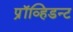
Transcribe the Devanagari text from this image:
प्रॉव्हिडन्ट